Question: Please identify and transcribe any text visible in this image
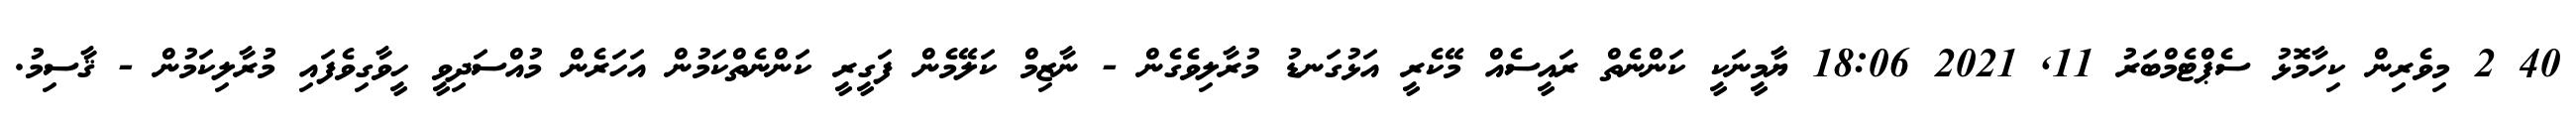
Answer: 40 2 މިވެރިން ކިހާމޮޅު ސެޕްޓެމްބަރު 11, 2021 18:06 ޔާމީނަކީ ކަންނެތް ރައީސެއް މޭކެރީ އަޅުގަނޑު މުރާލިވެގެން - ނާޒިމް ކަލޭމެން ފަގީރީ ކަންނެތްކަމުން އަހަރެން މުއްސަދިވީ ހީވާގިވެފައި މުރާލިކަމުން - ޤާސިމު.